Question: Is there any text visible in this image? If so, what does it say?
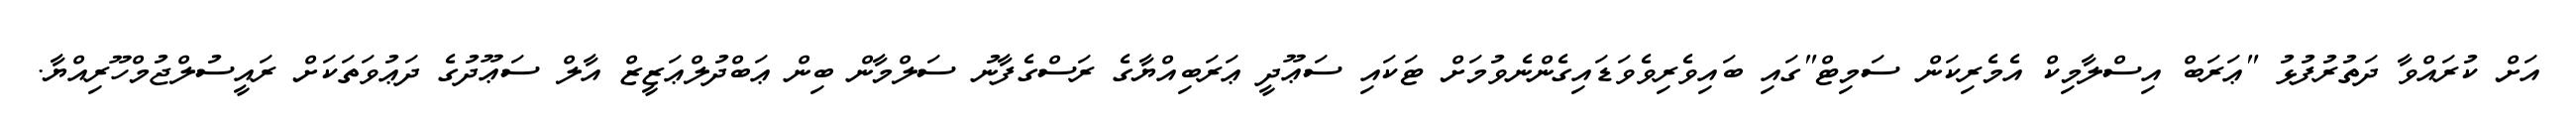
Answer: އަށް ކުރައްވާ ދަތުރުފުޅު "ޢަރަބް އިސްލާމިކް އެމެރިކަން ސަމިޓް"ގައި ބައިވެރިވެވަޑައިގެންނެވުމަށް ޓަކައި ސަޢޫދީ ޢަރަބިއްޔާގެ ރަސްގެފާނު ސަލްމާން ބިން ޢަބްދުލްޢަޒީޒް އާލް ސަޢޫދުގެ ދަޢުވަތަކަށް ރައީސުލްޖުމްހޫރިއްޔާ.